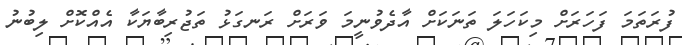
ފުރަތަމަ ފަހަރަށް މިކަހަލަ ތަނަކަށް އާދެވުނީމަ ވަރަށް ރަނގަޅު ތަޖުރިބާޔަކާ އެއްކޮށް ލިބުނު